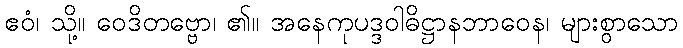
ဧဝံ၊ သို့။ ဝေဒိတဗ္ဗော၊ ၏။ အနေကုပဒ္ဒဝါဓိဋ္ဌာနဘာဝေန၊ များစွာသော